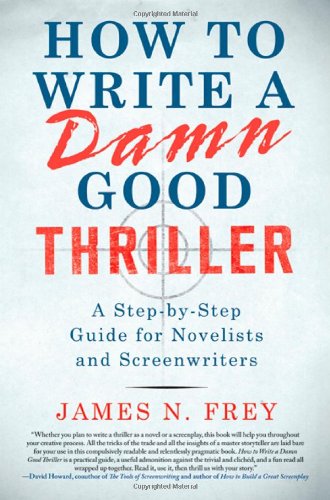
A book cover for How to Write a Damn Good Thriller: A Step-by-Step Guide for Novelists and Screenwriters; James N. Frey; Humor & Entertainment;